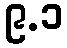
၉.၁